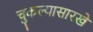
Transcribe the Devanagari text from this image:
चुकल्यासारखे